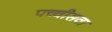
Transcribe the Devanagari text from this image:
पच्चीसवा